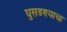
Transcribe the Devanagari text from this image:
घुसडण्याचा